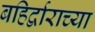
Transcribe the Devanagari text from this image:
बहिर्द्वाराच्या